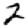
Digit: 2